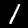
Label: 1